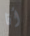
أنا